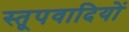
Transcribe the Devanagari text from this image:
स्तूपवादियों